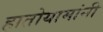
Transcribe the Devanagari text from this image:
हातोयामांनी